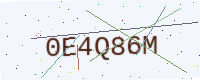
Text: 0E4Q86M